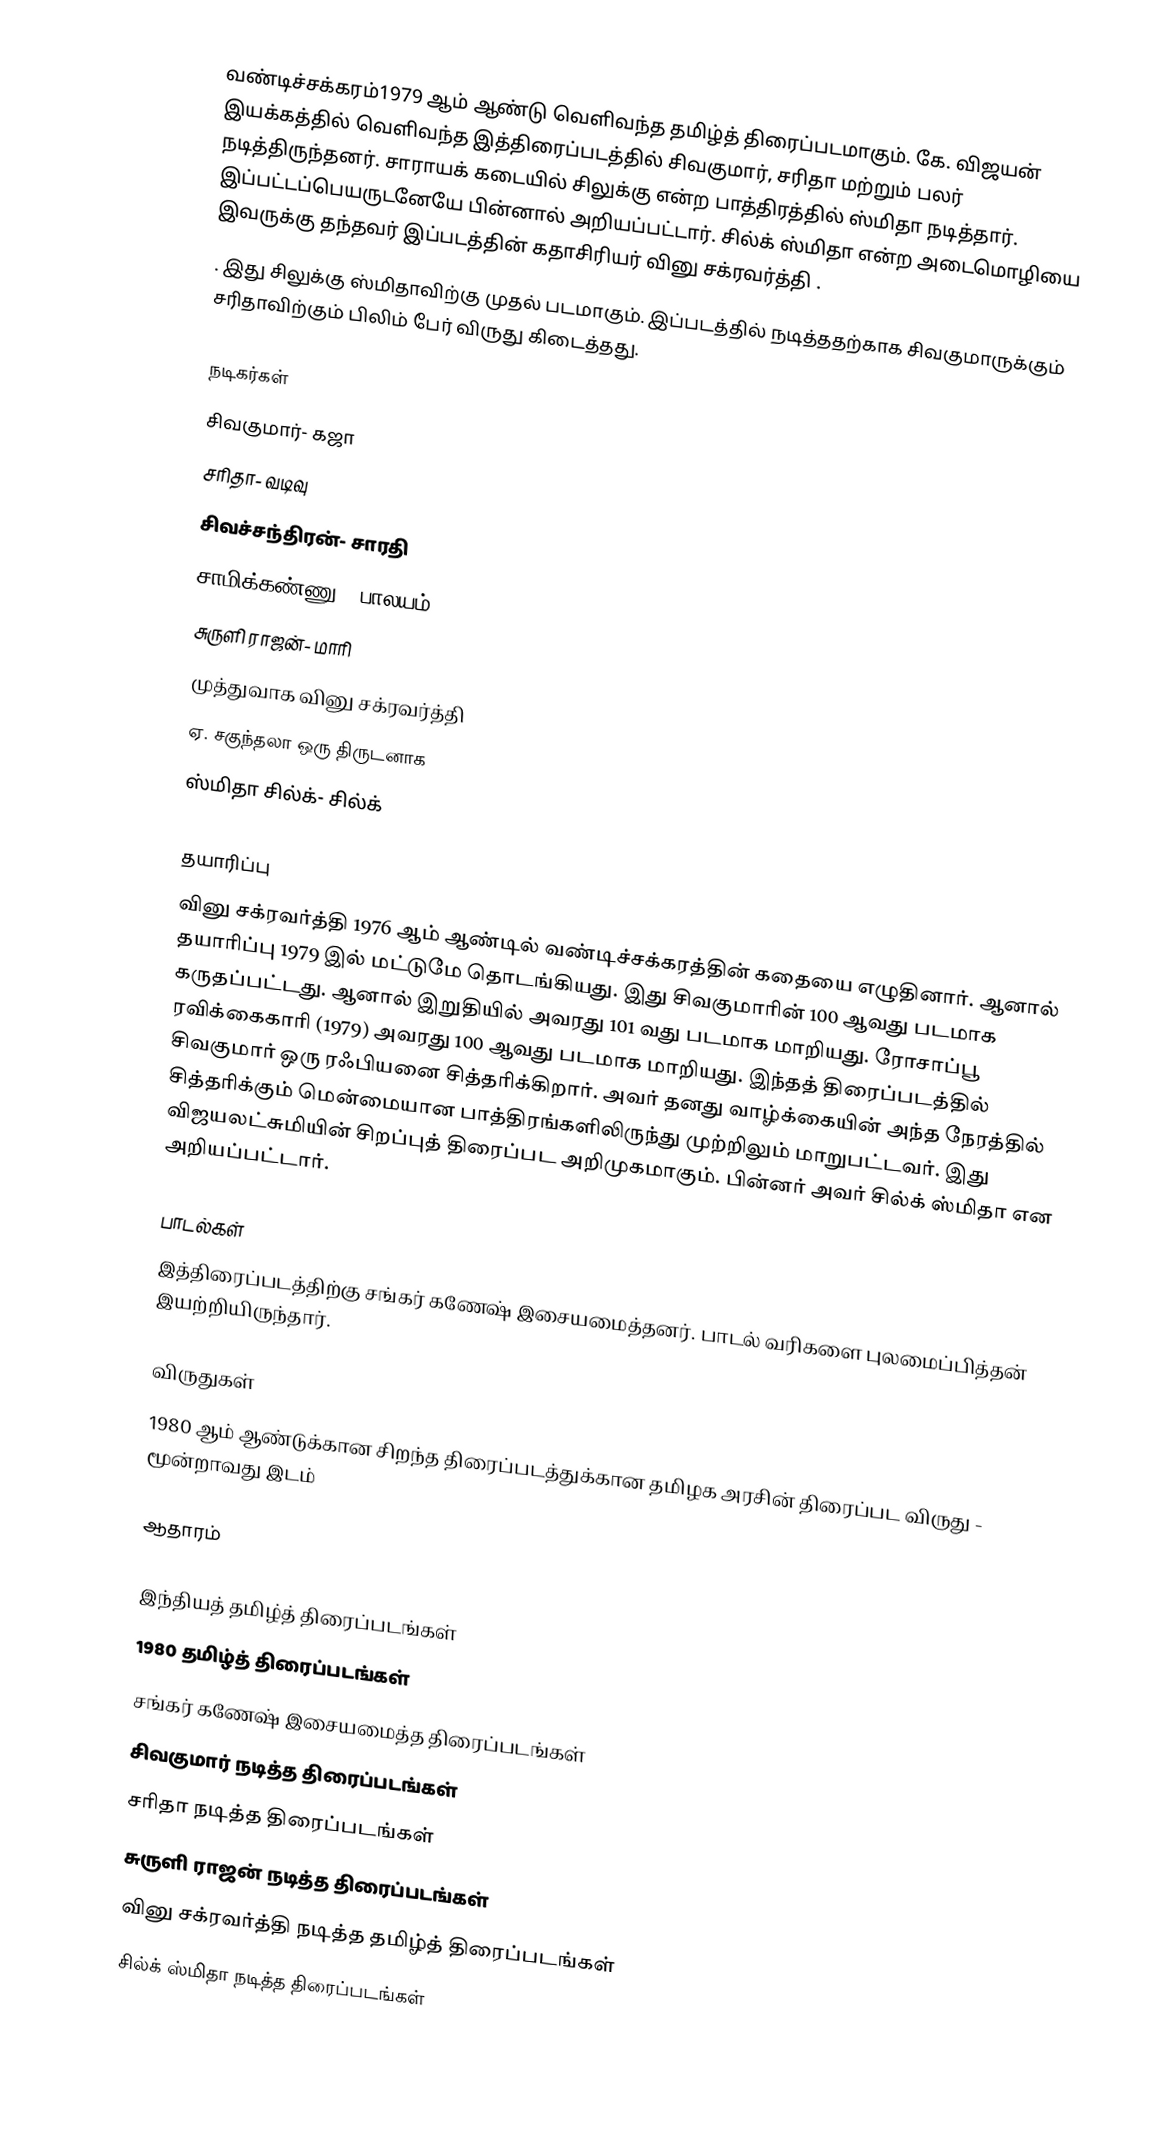
வண்டிச்சக்கரம்1979 ஆம் ஆண்டு வெளிவந்த தமிழ்த் திரைப்படமாகும். கே. விஜயன் இயக்கத்தில் வெளிவந்த இத்திரைப்படத்தில் சிவகுமார், சரிதா மற்றும் பலர் நடித்திருந்தனர். சாராயக் கடையில் சிலுக்கு என்ற பாத்திரத்தில் ஸ்மிதா நடித்தார். இப்பட்டப்பெயருடனேயே பின்னால் அறியப்பட்டார். சில்க் ஸ்மிதா என்ற அடைமொழியை இவருக்கு தந்தவர் இப்படத்தின் கதாசிரியர் வினு சக்ரவர்த்தி .
. இது சிலுக்கு ஸ்மிதாவிற்கு முதல் படமாகும். இப்படத்தில் நடித்ததற்காக சிவகுமாருக்கும் சரிதாவிற்கும் பிலிம் பேர் விருது கிடைத்தது.

நடிகர்கள்
 சிவகுமார்- கஜா
 சரிதா- வடிவு
 சிவச்சந்திரன்- சாரதி
 சாமிக்கண்ணு - பாலயம்
 சுருளி ராஜன்- மாரி
 முத்துவாக வினு சக்ரவர்த்தி
 ஏ. சகுந்தலா ஒரு திருடனாக
 ஸ்மிதா சில்க்- சில்க்

தயாரிப்பு
வினு சக்ரவர்த்தி 1976 ஆம் ஆண்டில் வண்டிச்சக்கரத்தின் கதையை எழுதினார். ஆனால் தயாரிப்பு 1979 இல் மட்டுமே தொடங்கியது. இது சிவகுமாரின் 100 ஆவது படமாக கருதப்பட்டது. ஆனால் இறுதியில் அவரது 101 வது படமாக மாறியது. ரோசாப்பூ ரவிக்கைகாரி (1979) அவரது 100 ஆவது படமாக மாறியது. இந்தத் திரைப்படத்தில் சிவகுமார் ஒரு ரஃபியனை சித்தரிக்கிறார். அவர் தனது வாழ்க்கையின் அந்த நேரத்தில் சித்தரிக்கும் மென்மையான பாத்திரங்களிலிருந்து முற்றிலும் மாறுபட்டவர். இது விஜயலட்சுமியின் சிறப்புத் திரைப்பட அறிமுகமாகும். பின்னர் அவர் சில்க் ஸ்மிதா என அறியப்பட்டார்.

பாடல்கள்
இத்திரைப்படத்திற்கு சங்கர் கணேஷ் இசையமைத்தனர். பாடல் வரிகளை புலமைப்பித்தன் இயற்றியிருந்தார்.

விருதுகள்
 1980 ஆம் ஆண்டுக்கான சிறந்த திரைப்படத்துக்கான தமிழக அரசின் திரைப்பட விருது  - மூன்றாவது இடம்

ஆதாரம்

இந்தியத் தமிழ்த் திரைப்படங்கள்
1980 தமிழ்த் திரைப்படங்கள்
சங்கர் கணேஷ் இசையமைத்த திரைப்படங்கள்
சிவகுமார் நடித்த திரைப்படங்கள்
சரிதா நடித்த திரைப்படங்கள்
சுருளி ராஜன் நடித்த திரைப்படங்கள்
வினு சக்ரவர்த்தி நடித்த தமிழ்த் திரைப்படங்கள்
சில்க் ஸ்மிதா நடித்த திரைப்படங்கள்